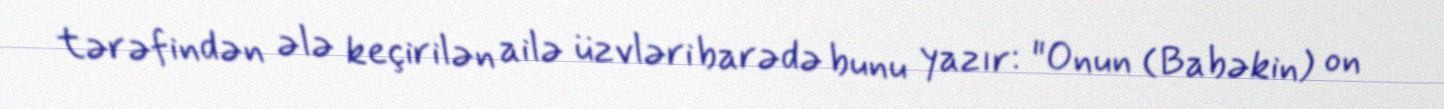
tərəfindən ələ keçirilən ailə üzvləri barədə bunu yazır: "Onun (Babəkin) on